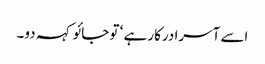
اسے آسرا درکار ہے ‘ تو جائو کہہ دو۔